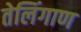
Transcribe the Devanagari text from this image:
तेलिंगाण